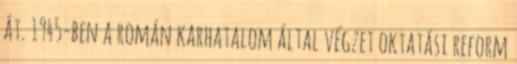
át. 1945-ben a román karhatalom által végzet oktatási reform